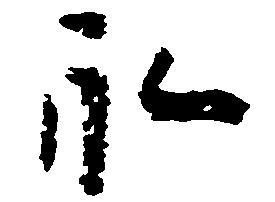
永